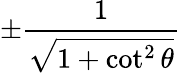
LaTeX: \pm{\frac{1}{\sqrt{1+\cot^{2}\theta}}}